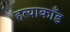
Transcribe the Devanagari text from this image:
हत्याकाँड